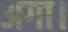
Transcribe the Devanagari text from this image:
अगा।